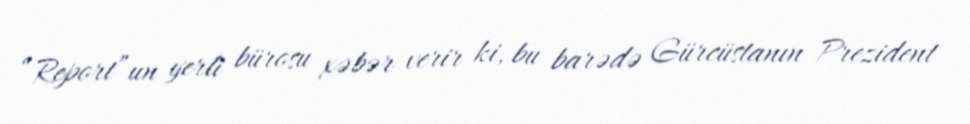
“Report”un yerli bürosu xəbər verir ki, bu barədə Gürcüstanın Prezident